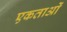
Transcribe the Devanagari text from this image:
एकताओं